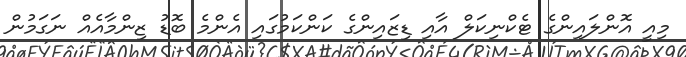
މިއީ އޮންލައިންގެ ޓެކްނިކަލް އާއި ޑިޒައިންގެ ކަންކަމުގައި އެންމެ ބޮޑު ޒިންމާއެއް ނަގަމުން